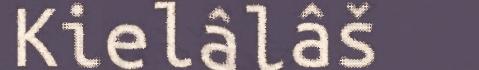
Kielâlâš